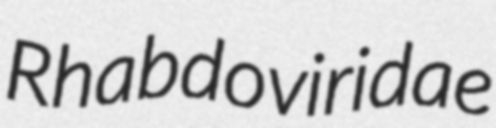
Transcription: Rhabdoviridae